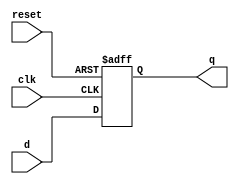
`timescale 1ns / 1ps
//////////////////////////////////////////////////////////////////////////////////
// Company: 
// Engineer: 
// 
// Design Name: 
// Module Name:    DFF 
// Project Name: 
// Target Devices: 
// Tool versions: 
// Description: 
//
// Dependencies: 
//
// Revision: 
// Revision 0.01 - File Created
// Additional Comments: 
//
//////////////////////////////////////////////////////////////////////////////////
module DFF(
    output reg q,
    input d,
    input clk,
    input reset
    );
	 
	
	 always @(posedge clk or negedge reset)
		if(reset == 0)
			q = 1'b0;
		else q = d;
	

endmodule